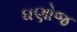
ઘણોજ